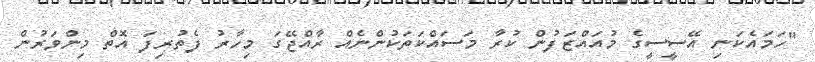
"ހަމައެކަނި އޭސީސީގެ މުއައްޒަފުން ކުރާ މަސައްކަތަކުންނެއް ރާއްޖޭގަ މިހާރު ފެތުރިފަ އޮތް މިންވަރުން